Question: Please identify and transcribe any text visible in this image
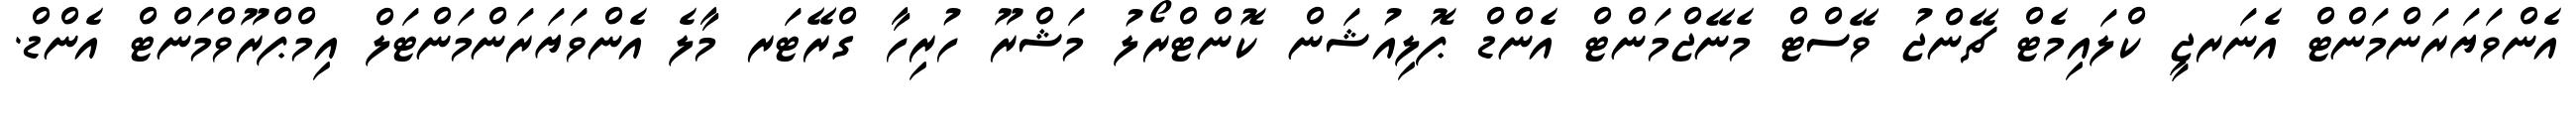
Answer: އެންވަޔަރަންމަންޓް އެނަރޖީ ކްލައިމެޓް ޗޭންޖު ވޭސްޓް މެނޭޖްމަންޓް އެންޑް ޕޮލިއުޝަން ކޮންޓްރޯލު މަޝްރޫ ހުރިހާ ގްރޭޓަރ މާލެ އެންވަޔަރަންމަންޓަލް އިމްޕްރޫވްމަންޓް އެންޑް.